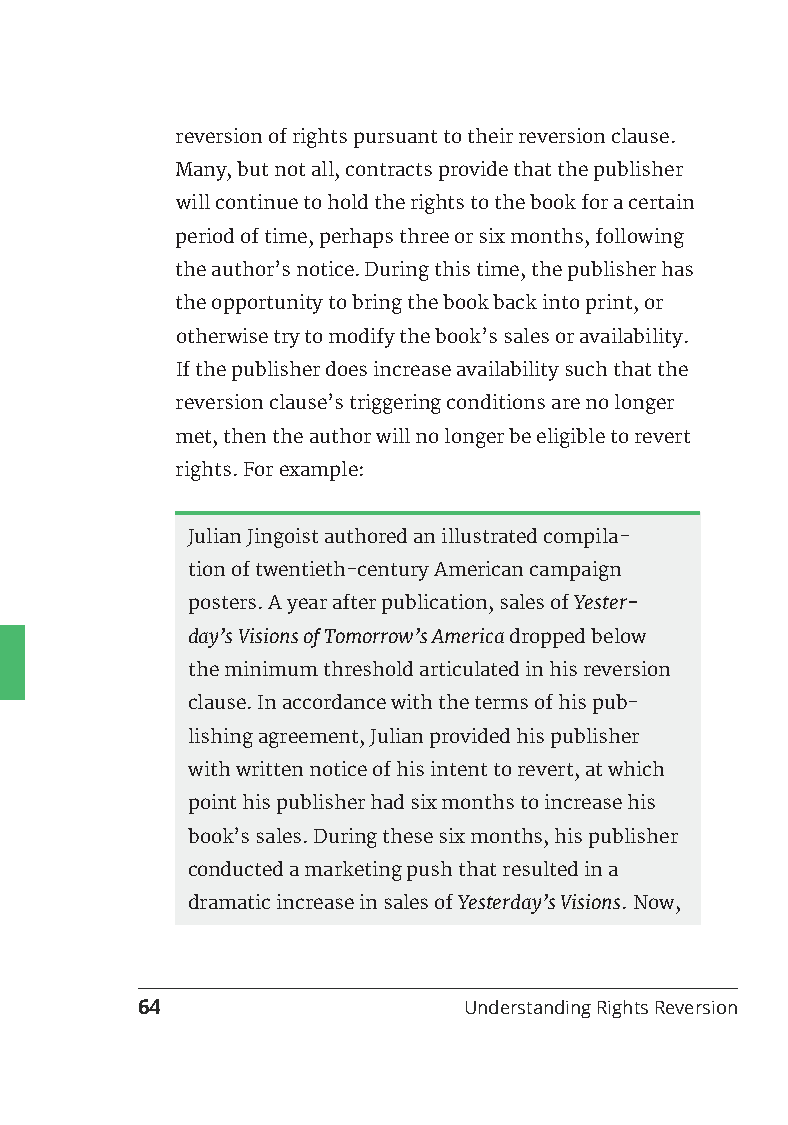
reversion of rights pursuant to their reversion clause.
 Many, but not all, contracts provide that the publisher
 will continue to hold the rights to the book for a certain
 period of time, perhaps three or six months, following
 the author’s notice. During this time, the publisher has
 the opportunity to bring the book back into print, or
 otherwise try to modify the book’s sales or availability.
 If the publisher does increase availability such that the
 reversion clause’s triggering conditions are no longer
 met, then the author will no longer be eligible to revert
 rights. For example:
 Julian Jingoist authored an illustrated compila-
 tion of twentieth-century American campaign
 posters. A year after publication, sales of Yester-
 day’s Visions of Tomorrow’s America dropped below
 the minimum threshold articulated in his reversion
 clause. In accordance with the terms of his pub-
 lishing agreement, Julian provided his publisher
 with written notice of his intent to revert, at which
 point his publisher had six months to increase his
 book’s sales. During these six months, his publisher
 conducted a marketing push that resulted in a
 dramatic increase in sales of Yesterday’s Visions. Now,
 64                    Understanding Rights Reversion